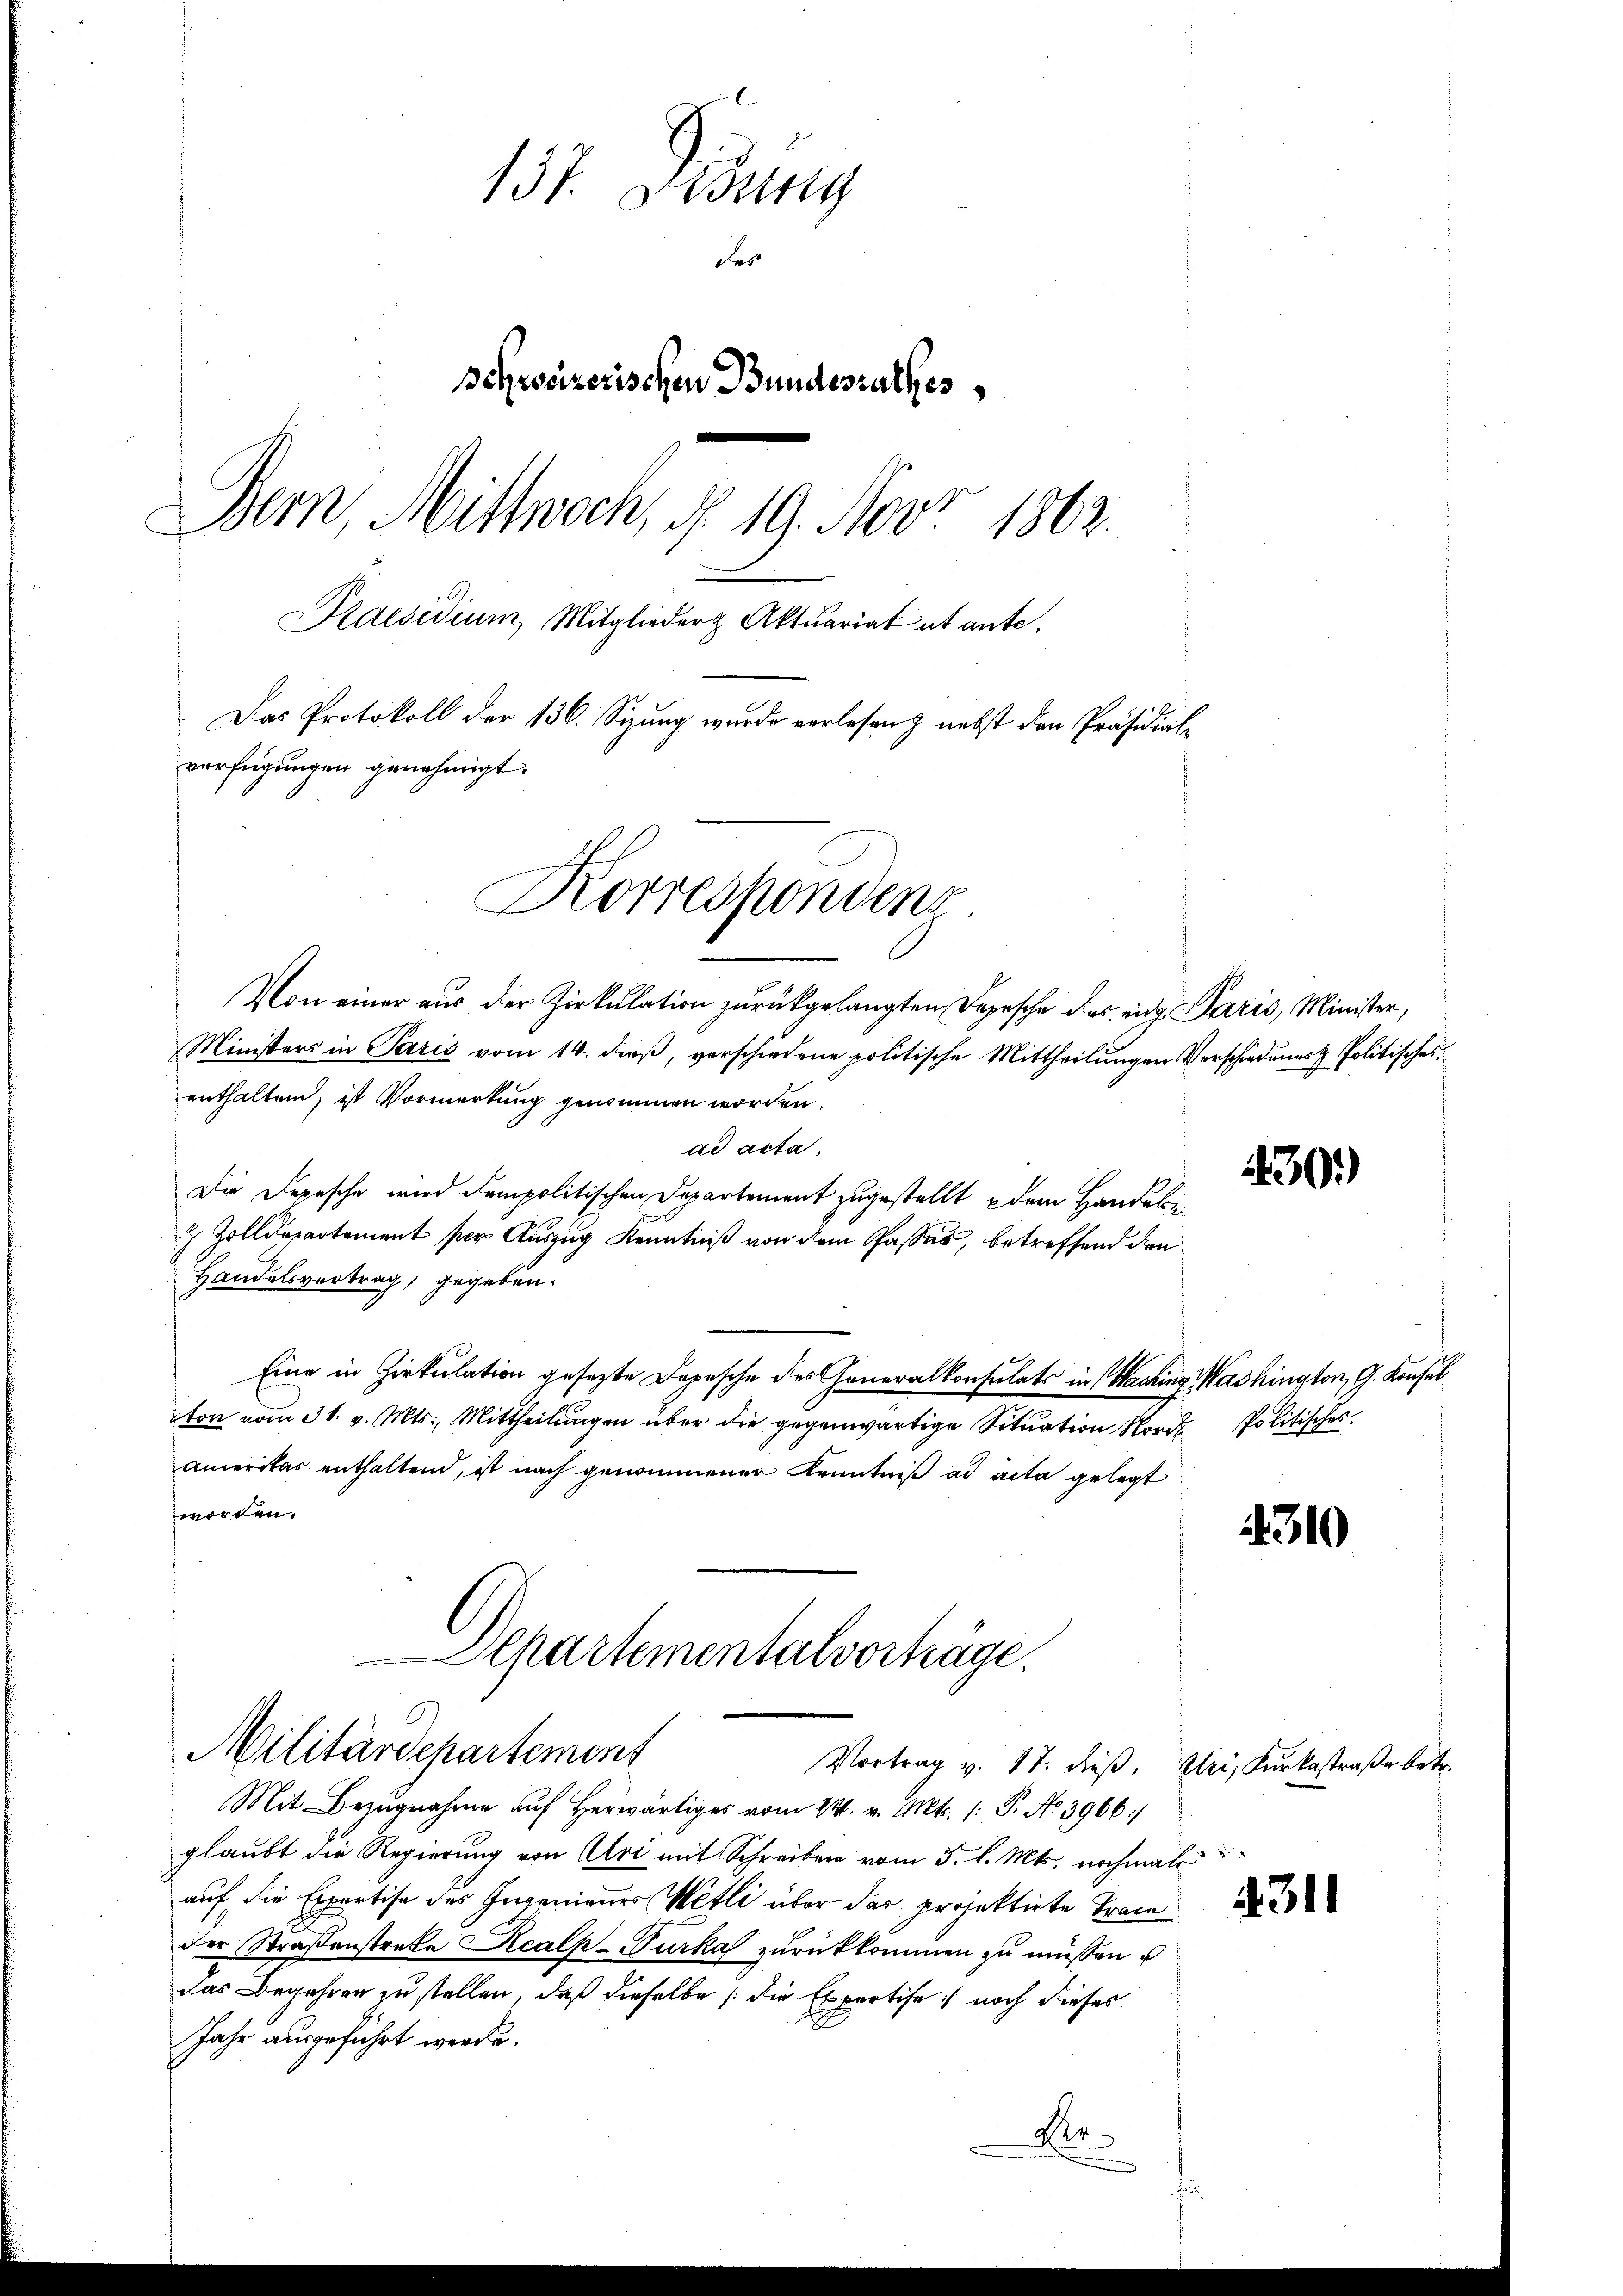
131. Disung
des
pohrssizerischen Bundesrathes
Bern, Mittwoch, § 19. Nov. 1863.
Praesidium, Mitglieder Aktuariat et ante.
Das Protokoll der 136. Seung wurde verlesen & nebst den Präsidialverfügungen genehmigt.
Korrespondenz

Militärdepartement
Vortrag v. 17. dieß. Uri, Kunkestraße betr.

Mit Bezŭgnahme aŭf herwärtiges vom 24. v. Mts. (: P. No. 3966:
glaubt die Regierung von Uri mit Schreiber vom 5. l. Mts. nochmal
auf die Expertise des Ingenieues Wetli über das projektirte Trace
der Straßenstreke Realp-Turka zurückkommen zu müssen
das Begehren zu stellen, daß dieselbe die Expertise noch dieses
Jahr ausgeführt werde.
Re

Von einer aus der Zirkŭlation zurückgelangten Depesche des eidg. Paris, Minister,
Ministers in Paris vom 14. dieß, verschiedene politische Mittheilungen Verschiedenes Politisches,
enthaltend, ist Vormerkung genommen worden.
ad acta.
Die Depesche wird dem politischen Departement zugestellt dem Handel¬
& Zolldepartement per Auszug Kenntniß von dem Passes, betreffend den
Handelsvertrag, gegeben.
Eine in Zirkulation gesezte Depesche des Generalkonsulats in Washing Washington, G. Konsul
ton vom 31. v. Mts., Mittheilungen über die gegenwärtige Situation Nord Politisches
ameritas enthaltend, ist nach genommener Kenntniß ad acta gelegt
worden.
Apartementalvorträge.

430.)

4310